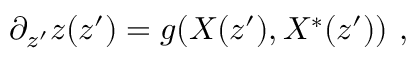
\partial _ { z ^ { \prime } } z ( z ^ { \prime } ) = g ( X ( z ^ { \prime } ) , X ^ { * } ( z ^ { \prime } ) ) ~ ,